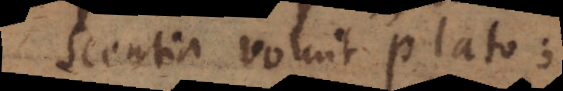
scentia voluit Plato.